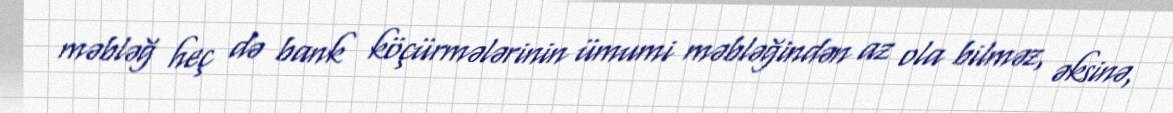
məbləğ heç də bank köçürmələrinin ümumi məbləğindən az ola bilməz, əksinə,